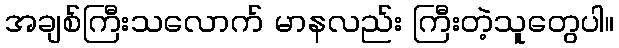
အချစ်ကြီးသလောက် မာနလည်း ကြီးတဲ့သူတွေပါ။